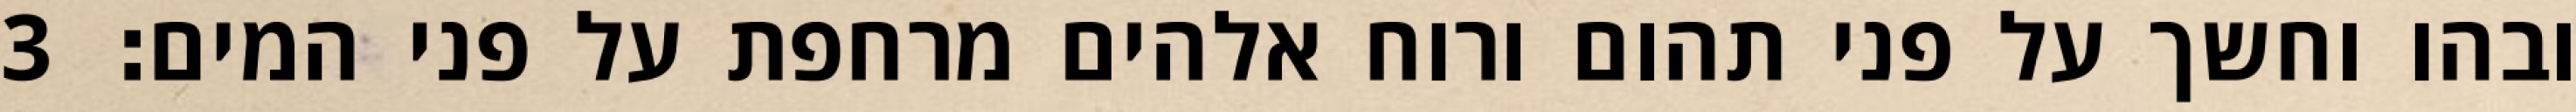
ובהו וחשך על פני תהום ורוח אלהים מרחפת על פני המים׃ ‎3‏